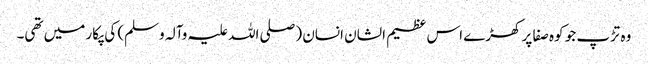
وہ تڑپ جو کوہ صفا پر کھڑے اس عظیم الشان انسان (صلی اللہ علیہ وآلہ وسلم) کی پکار میں تھی۔